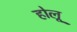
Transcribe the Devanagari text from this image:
होलू